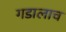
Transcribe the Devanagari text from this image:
गडालाच